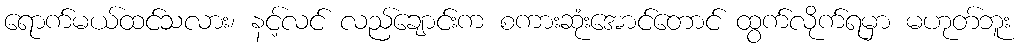
ရောက်မယ်ထင်သလား၊ နင့်လင် လည်ချောင်းက စကားဆုံးအောင်တောင် ထွက်လိုက်ရမှာ မဟုတ်ဘူး